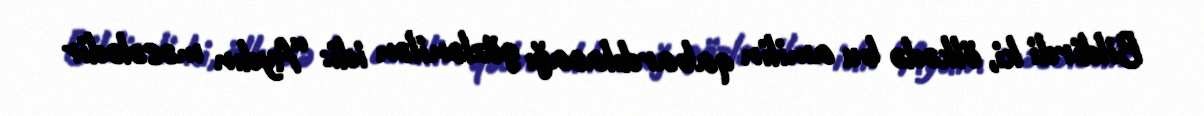
Bildirdi ki, ölkədə bu amilin qabardılacağı gözlənilən idi: “Aydın məsələdir